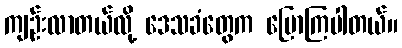
ကျဉ်းလာတယ်လို့ ဒေသခံတွေက ပြောကြပါတယ်။